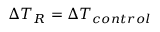
\Delta T _ { R } = \Delta T _ { c o n t r o l }